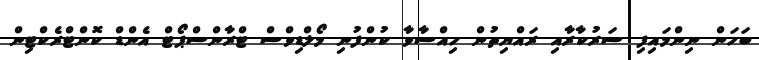
ބަހަން ނިންމައިފި ސަރުކާރާއި ރައްޔިތުން ހިއްސާވާ ކުންފުނި މޯލްޑިވްސް ޓްރާންސްޕޯޓް އެންޑް ކޮންޓްރެކްޓިން